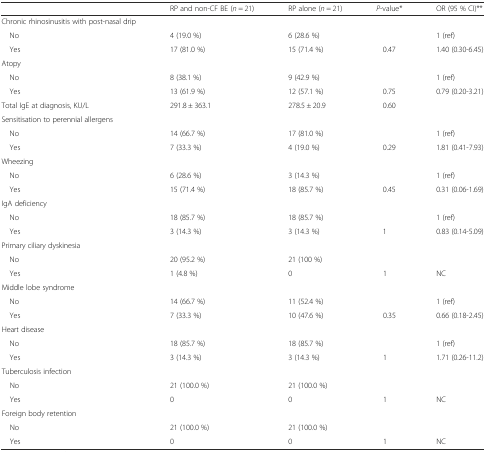
<table><thead><tr><td></td><td><b>RP and non-CF BE (<i>n</i> = 21)</b></td><td><b>RP alone (<i>n</i> = 21)</b></td><td><b><i>P</i>-value*</b></td><td><b>OR (95 % CI)**</b></td></tr></thead><tbody><tr><td>Chronic rhinosinusitis with post-nasal drip</td><td></td><td></td><td></td><td></td></tr><tr><td> No</td><td>4 (19.0 %)</td><td>6 (28.6 %)</td><td></td><td>1 (ref)</td></tr><tr><td> Yes</td><td>17 (81.0 %)</td><td>15 (71.4 %)</td><td>0.47</td><td>1.40 (0.30-6.45)</td></tr><tr><td>Atopy</td><td></td><td></td><td></td><td></td></tr><tr><td> No</td><td>8 (38.1 %)</td><td>9 (42.9 %)</td><td></td><td>1 (ref)</td></tr><tr><td> Yes</td><td>13 (61.9 %)</td><td>12 (57.1 %)</td><td>0.75</td><td>0.79 (0.20-3.21)</td></tr><tr><td>Total IgE at diagnosis, KU/L</td><td>291.8 ± 363.1</td><td>278.5 ± 20.9</td><td>0.60</td><td></td></tr><tr><td>Sensitisation to perennial allergens</td><td></td><td></td><td></td><td></td></tr><tr><td> No</td><td>14 (66.7 %)</td><td>17 (81.0 %)</td><td></td><td>1 (ref)</td></tr><tr><td> Yes</td><td>7 (33.3 %)</td><td>4 (19.0 %)</td><td>0.29</td><td>1.81 (0.41-7.93)</td></tr><tr><td>Wheezing</td><td></td><td></td><td></td><td></td></tr><tr><td> No</td><td>6 (28.6 %)</td><td>3 (14.3 %)</td><td></td><td>1 (ref)</td></tr><tr><td> Yes</td><td>15 (71.4 %)</td><td>18 (85.7 %)</td><td>0.45</td><td>0.31 (0.06-1.69)</td></tr><tr><td>IgA deficiency</td><td></td><td></td><td></td><td></td></tr><tr><td> No</td><td>18 (85.7 %)</td><td>18 (85.7 %)</td><td></td><td>1 (ref)</td></tr><tr><td> Yes</td><td>3 (14.3 %)</td><td>3 (14.3 %)</td><td>1</td><td>0.83 (0.14-5.09)</td></tr><tr><td>Primary ciliary dyskinesia</td><td></td><td></td><td></td><td></td></tr><tr><td> No</td><td>20 (95.2 %)</td><td>21 (100 %)</td><td></td><td></td></tr><tr><td> Yes</td><td>1 (4.8 %)</td><td>0</td><td>1</td><td>NC</td></tr><tr><td>Middle lobe syndrome</td><td></td><td></td><td></td><td></td></tr><tr><td> No</td><td>14 (66.7 %)</td><td>11 (52.4 %)</td><td></td><td>1 (ref)</td></tr><tr><td> Yes</td><td>7 (33.3 %)</td><td>10 (47.6 %)</td><td>0.35</td><td>0.66 (0.18-2.45)</td></tr><tr><td>Heart disease</td><td></td><td></td><td></td><td></td></tr><tr><td> No</td><td>18 (85.7 %)</td><td>18 (85.7 %)</td><td></td><td>1 (ref)</td></tr><tr><td> Yes</td><td>3 (14.3 %)</td><td>3 (14.3 %)</td><td>1</td><td>1.71 (0.26-11.2)</td></tr><tr><td>Tuberculosis infection</td><td></td><td></td><td></td><td></td></tr><tr><td> No</td><td>21 (100.0 %)</td><td>21 (100.0 %)</td><td></td><td></td></tr><tr><td> Yes</td><td>0</td><td>0</td><td>1</td><td>NC</td></tr><tr><td>Foreign body retention</td><td></td><td></td><td></td><td></td></tr><tr><td> No</td><td>21 (100.0 %)</td><td>21 (100.0 %)</td><td></td><td></td></tr><tr><td> Yes</td><td>0</td><td>0</td><td>1</td><td>NC</td></tr></tbody></table>